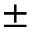
\pm